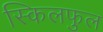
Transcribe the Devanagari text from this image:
स्किलफुल